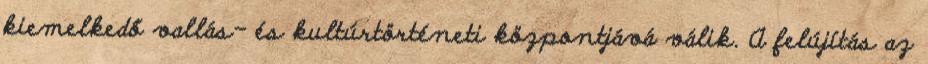
kiemelkedő vallás- és kultúrtörténeti központjává válik. A felújítás az